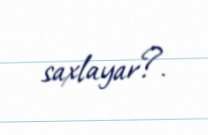
saxlayar?.